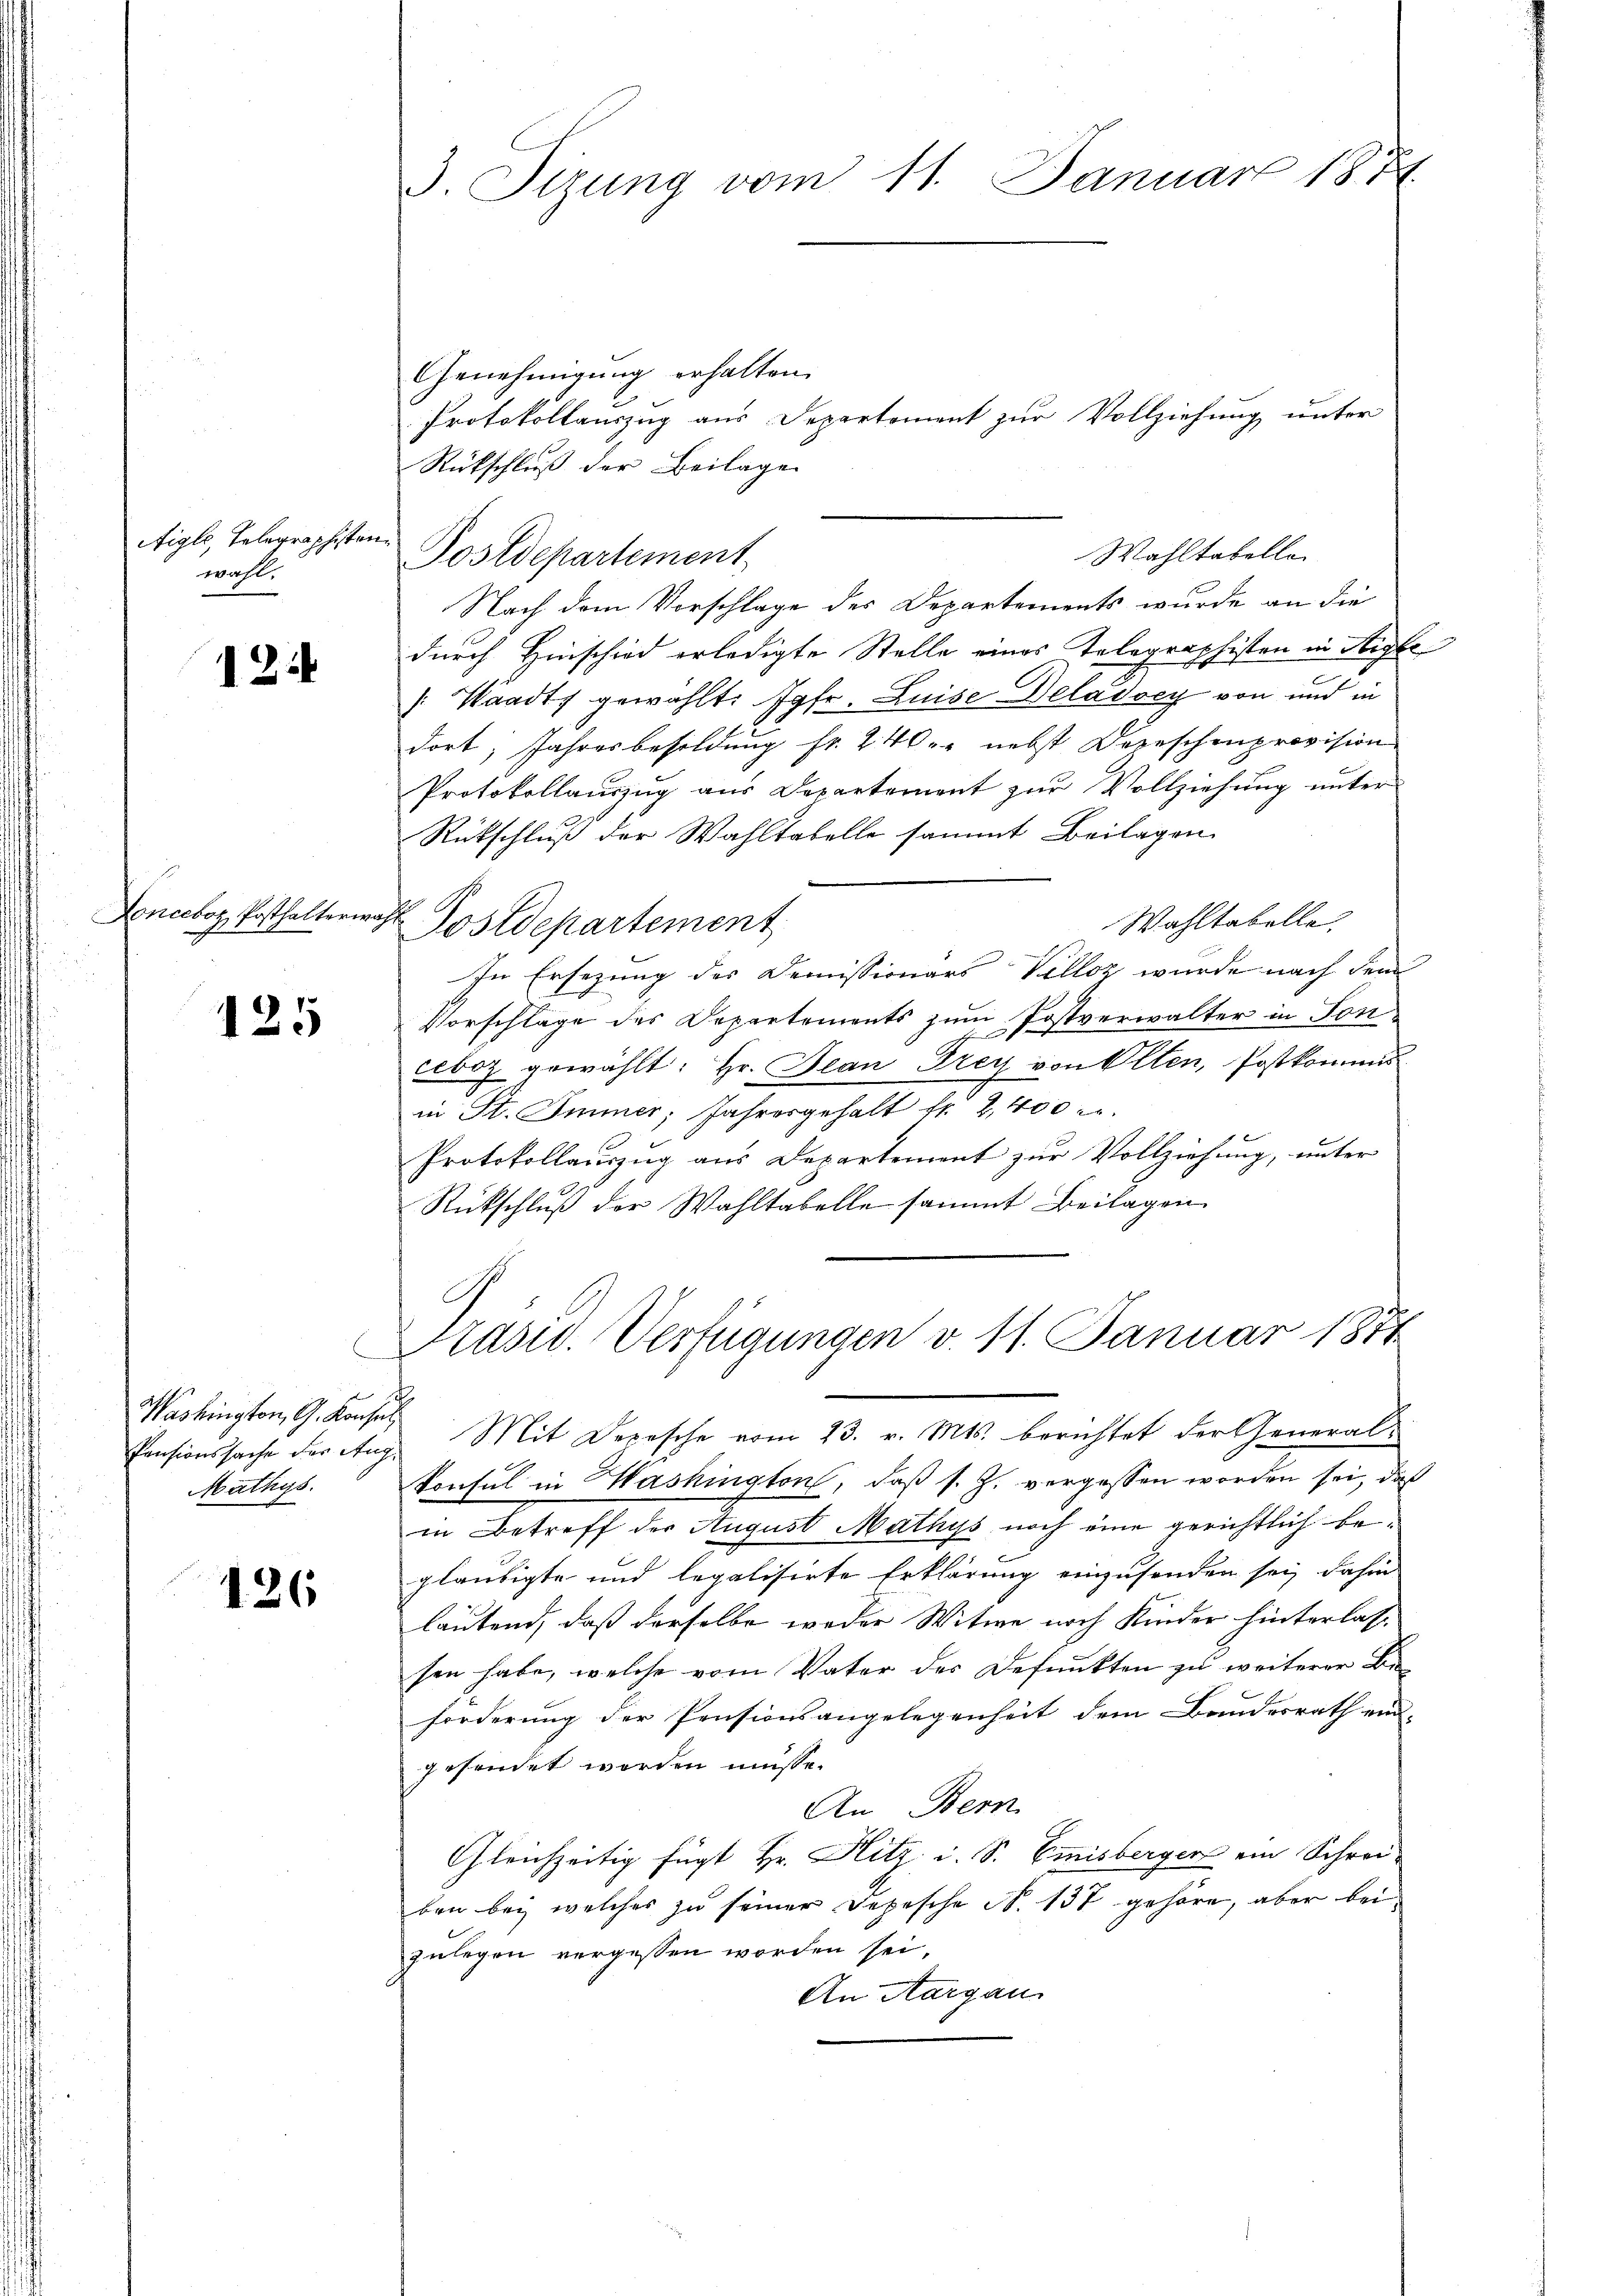
Aigle, Telegraphistor
Wahl

12.

Donceboz Posthalterwa

125

Pensionssache der Aug.
Mathys

126

3. Sizung vom 11. Januar 1874

Genehmigung erhalten.
Protokollauszug aus Departement zur Vollziehung unter
Rückschluß der Beilage
Nach dem Vorschlage des Departements wurde an die
durch Hinschied erledigte Stelle eines Telegraphisten in Stigle
[Waadt gewählt: Jgfr. Luise Deladvey von und in
dort, Jahresbesoldung fr. 240 er nebst Depeschenprovision
Protokollauszug aus Departement zur Vollziehung unter
Rütschluß der Wahltabelle sammt Beilagen
Wahltabelle
E Postdepartement
In Ersezung des Demissionars Volloz wurde nach dem
Vorschläge des Departements zum Postverwalter in Sonceboz gewählt: Hr. Jean Frey von Olten, Postkommis
in St. Immer, Jahresgehalt fr. 2,400
Protokollaŭszŭg ans Departement zŭr Vollziehung, unter
Rückschluß der Wahltabelle sammt Beilagen

Postdepartement

Wahltabelle.

Präsid. Verfügungen v. 11. Januar 1874

Washington, G. Konses Mit Depesche vom 23. v. Mts. berichtet der General¬
Konsul in Washington, daß s. Z. vergessen worden sei, daß
in Betreff der August Mathys noch eine gerichtlich begläubigte und legalisirte Erklärung einzusenden sei, dahin
lautend, daß derselbe weder Witwe nach Kinder hinterlassen habe, welche vom Vater des Defunkten zu weiterer Beförderung der Pensionsangelegenheit dem Bundesrath end-
gesendet worden müsse.
An Bern
Gleichzeitig fügt Hr. Hitz. i. S. Emisberger ein Schrei-
ben bei welches zu seiner Depesche N. 137 gehöre, aber bei
zulegen vergessen worden sei.
An Aargau